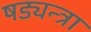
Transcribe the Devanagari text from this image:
षड्यन्त्रा